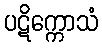
ပဋိက္ကောသံ